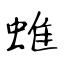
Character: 蜼